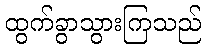
ထွက်ခွာသွားကြသည်